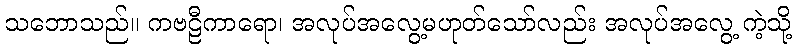
သဘောသည်။ ကဗဠီကာရော၊ အလုပ်အလွေ့မဟုတ်သော်လည်း အလုပ်အလွေ့ ကဲ့သို့